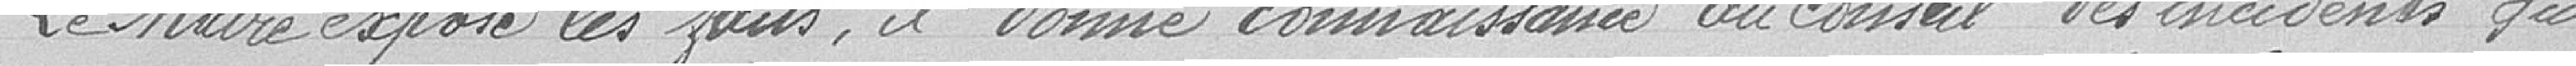
Le Maire expose les faits, il donne connaissance au Conseil des incidents qui